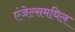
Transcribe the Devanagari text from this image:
एंजेल्समधिल